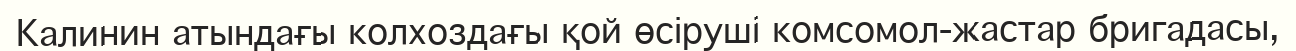
Калинин атындағы колхоздағы қой өсіруші комсомол-жастар бригадасы,